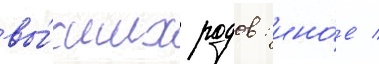
вы́сших родов: ино́е /